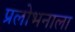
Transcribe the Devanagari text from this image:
प्रलोभनाला